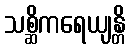
သစ္ဆိကရေယျန္တိ